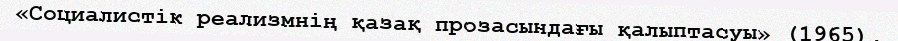
«Социалистік реализмнің қазақ прозасындағы қалыптасуы» (1965),